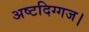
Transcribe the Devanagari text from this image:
अष्टदिग्गज।